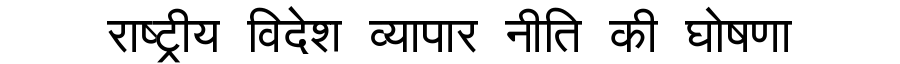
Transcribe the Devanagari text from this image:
राष्ट्रीय विदेश व्यापार नीति की घोषणा